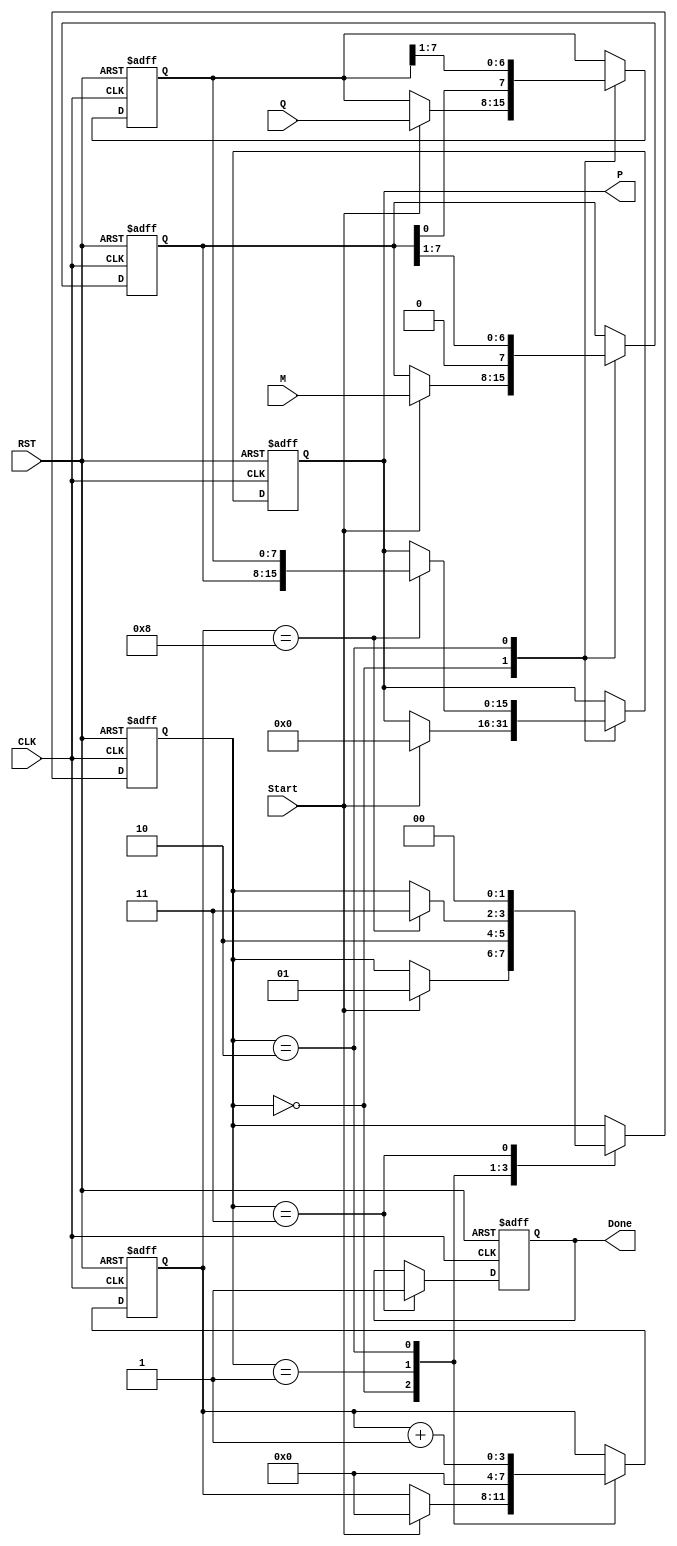
module ModifiedBoothMultiplier (
    input wire [7:0] M,     // Multiplicand (8-bit signed)
    input wire [7:0] Q,     // Multiplier (8-bit signed)
    input wire Start,       // Start signal for multiplication
    input wire CLK,         // Clock signal
    input wire RST,         // Reset signal
    output reg [15:0] P,    // Product (16-bit signed)
    output reg Done         // Completion signal
);

    // Internal Registers
    reg [7:0] A;           // Accumulator
    reg [7:0] Q_reg;       // Current Multiplier
    reg Q_1;               // Previous bit of Q
    reg [3:0] count;       // Count for iterations
    reg [1:0] state;       // FSM State

    // State Definitions
    localparam IDLE       = 2'b00;
    localparam INIT       = 2'b01;
    localparam PROCESS    = 2'b10;
    localparam DONE       = 2'b11;

    // Initialization
    always @(posedge CLK or posedge RST) begin
        if (RST) begin
            A <= 8'b0;
            Q_reg <= 8'b0;
            Q_1 <= 1'b0;
            P <= 16'b0;
            count <= 4'b0;
            state <= IDLE;
            Done <= 1'b0;
        end else begin
            case (state)
                IDLE: begin
                    if (Start) begin
                        A <= M;                // Load multiplicand
                        Q_reg <= Q;           // Load multiplier
                        Q_1 <= 1'b0;          // Set Q-1 to 0
                        P <= 16'b0;           // Clear product
                        count <= 4'b0;        // Reset count
                        state <= INIT;        // Move to initialization state
                    end
                end
                
                INIT: begin
                    count <= 4'b0;           // Initialize iteration count
                    state <= PROCESS;        // Move to process state
                end

                PROCESS: begin
                    // Check for the current and previous bits of Q
                    case ({Q_reg[0], Q_1})
                        2'b01: A <= A + M;  // Add multiplicand
                        2'b10: A <= A - M;  // Subtract multiplicand
                        2'b00: ;             // Do nothing
                        2'b11: ;             // Do nothing
                    endcase
                    
                    // Arithmetic right shift
                    {A, Q_reg, Q_1} <= {A, Q_reg, Q_1} >> 1;
                    Q_1 <= Q_reg[0];       // Update Q-1

                    count <= count + 1;    // Increment count

                    // Check if all bits have been processed
                    if (count == 8) begin
                        P <= {A, Q_reg};     // Combine A and Q to form the product
                        state <= DONE;       // Move to done state
                    end
                end

                DONE: begin
                    Done <= 1'b1;           // Set done signal
                    state <= IDLE;          // Go back to IDLE state
                end
            endcase
        end
    end
endmodule